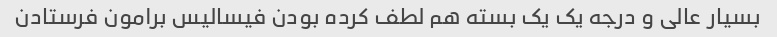
بسیار عالی و درجه یک یک بسته هم لطف کرده بودن فیسالیس برامون فرستادن